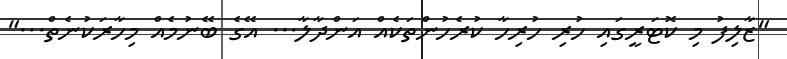
"ޒާލިފު މި ކޮޓަރީގައި ހުރި ހުރިހާ ކުރެހުންތަކެއް އަންދާލާ... އޭގެ ބޭނުމެއް މިހާރަކުނެތް..."